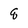
Character: q